Vaccination in Bombay 1856-1862 - 1856-1862
Year: 1856
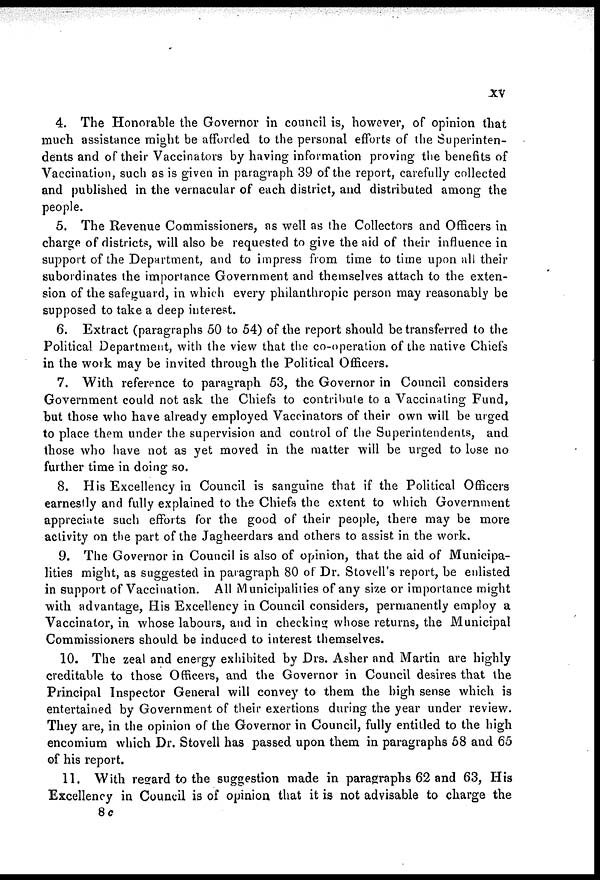
xv
4. The Honorable the Governor in council is, however, of opinion that
much assistance might be afforded to the personal efforts of the Superinten-
dents and of their Vaccinators by having information proving the benefits of
Vaccination, such as is given in paragraph 39 of the report, carefully collected
and published in the vernacular of each district, and distributed among the
people.
5. The Revenue Commissioners, as well as the Collectors and Officers in
charge of districts, will also be requested to give the aid of their influence in
support of the Department, and to impress from time to time upon all their
subordinates the importance Government and themselves attach to the exten-
sion of the safeguard, in which every philanthropic person may reasonably be
supposed to take a deep interest.
6. Extract (paragraphs 50 to 54) of the report should be transferred to the
Political Department, with the view that the co-operation of the native Chiefs
in the work may be invited through the Political Officers.
7. With reference to paragraph 53, the Governor in Council considers
Government could not ask the Chiefs to contribute to a Vaccinating Fund,
but those who have already employed Vaccinators of their own will be urged
to place them under the supervision and control of the Superintendents, and
those who have not as yet moved in the matter will be urged to lose no
further time in doing so.
8. His Excellency in Council is sanguine that if the Political Officers
earnestly and fully explained to the Chiefs the extent to which Government
appreciate such efforts for the good of their people, there may be more
activity on the part of the Jagheerdars and others to assist in the work.
9. The Governor in Council is also of opinion, that the aid of Municipa-
lities might, as suggested in paragraph 80 of Dr. Stovell's report, be enlisted
in support of Vaccination. All Municipalities of any size or importance might
with advantage, His Excellency in Council considers, permanently employ a
Vaccinator, in whose labours, and in checking whose returns, the Municipal
Commissioners should be induced to interest themselves.
10. The zeal and energy exhibited by Drs. Asher and Martin are highly
creditable to those Officers, and the Governor in Council desires that the
Principal Inspector General will convey to them the high sense which is
entertained by Government of their exertions during the year under review.
They are, in the opinion of the Governor in Council, fully entitled to the high
encomium which Dr. Stovell has passed upon them in paragraphs 58 and 65
of his report.
11. With regard to the suggestion made in paragraphs 62 and 63, His
Excellency in Council is of opinion that it is not advisable to charge the
8c